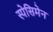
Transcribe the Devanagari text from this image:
स्पेसिमेन